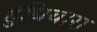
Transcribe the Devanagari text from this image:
हुधियारा